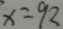
x = 9 2